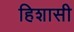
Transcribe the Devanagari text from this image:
हिशासी